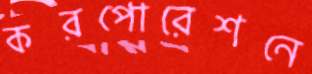
করপোরেশনে